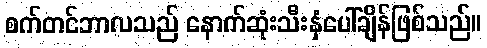
စက်တင်ဘာလသည် နောက်ဆုံးသီးနှံပေါ်ချိန်ဖြစ်သည်။